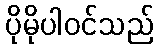
ပိုမိုပါဝင်သည်